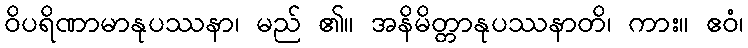
ဝိပရိဏာမာနုပဿနာ၊ မည် ၏။ အနိမိတ္တာနုပဿနာတိ၊ ကား။ ဧဝံ၊